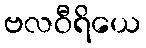
ဗလဝီရိယေ